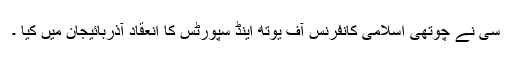
سی نے چوتھی اسلامی کانفرنس آف یوتھ اینڈ سپورٹس کا انعقاد آذربائیجان میں کیا ۔